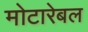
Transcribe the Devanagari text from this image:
मोटारेबल